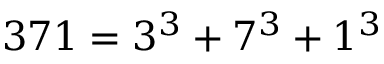
3 7 1 = 3 ^ { 3 } + 7 ^ { 3 } + 1 ^ { 3 }